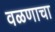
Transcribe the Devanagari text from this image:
वळणाचा